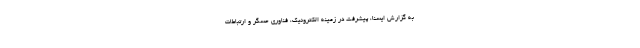
به گزارش ایسنا، پیشرفت در زمینه الکترونیک، فناوری حسگر و ارتباطات